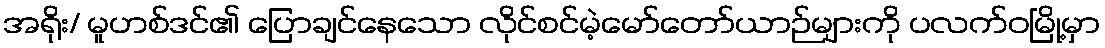
အရိုး/ မူဟစ်ဒင်၏ ပြောချင်နေသော လိုင်စင်မဲ့မော်တော်ယာဉ်များကို ပလက်ဝမြို့မှာ